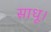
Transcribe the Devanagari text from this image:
साधू।